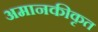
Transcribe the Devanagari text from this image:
अमानकीकृत